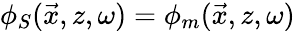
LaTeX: \phi_{S}(\vec{x},z,\omega)=\phi_{m}(\vec{x},z,\omega)